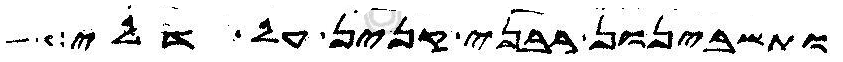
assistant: ותשבינון רבני קנין על דלי